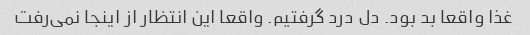
غذا واقعا بد بود. دل درد گرفتیم. واقعا این انتظار از اینجا نمی‌رفت